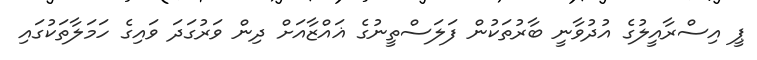
ޕީ އިސްރާއީލުގެ އުދުވާނީ ބާރުތަކުން ފަލަސްތީނުގެ ޣައްޒާއަށް ދިން ވަރުގަދަ ވައިގެ ހަމަލާތަކުގައި